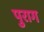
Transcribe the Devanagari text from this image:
पुराग